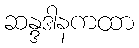
ဆန္ဒဒါနကထာ